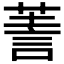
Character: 𧨅